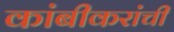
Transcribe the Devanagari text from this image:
कांबीकरांची